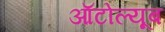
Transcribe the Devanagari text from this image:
ऑटोल्यूब